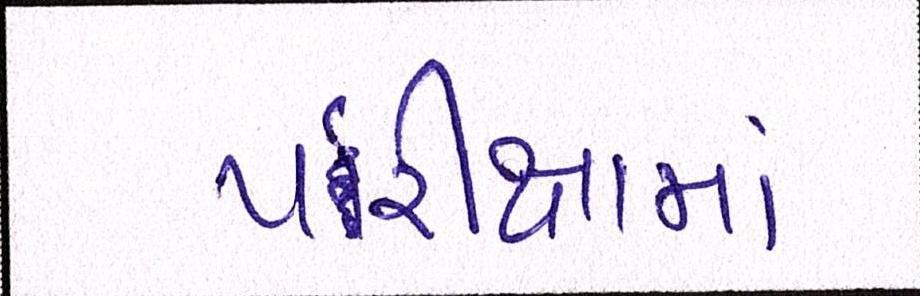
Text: પરિક્ષામાં